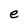
Character: e